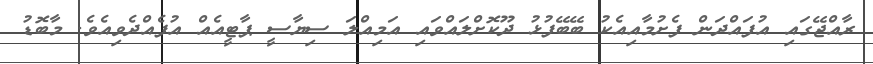
ރާއްޖޭގައި އުފައްދަން ފެށުމާއިއެކު ބޭބޭފުޅު ދޫކޮށްލައްވައި އަމިއްލަ ސިޔާސީ ޕާޓީއެއް އުފެއްދެވިއެވެ. މާބޮޑު